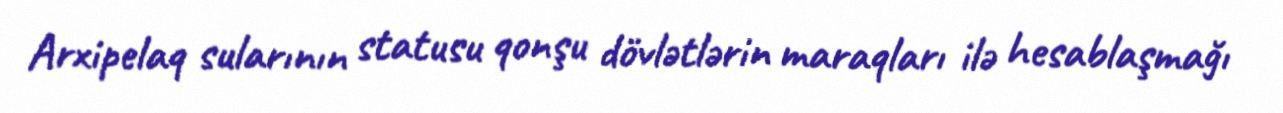
Arxipelaq sularının statusu qonşu dövlətlərin maraqları ilə hesablaşmağı